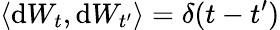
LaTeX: \langle\mathrm{d}W_{t},\mathrm{d}W_{t^{\prime}}\rangle=\delta(t-t^{\prime})